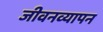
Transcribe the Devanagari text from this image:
जीवनव्यापन